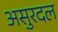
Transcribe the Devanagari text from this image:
असुरदल